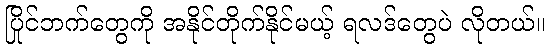
ပြိုင်ဘက်တွေကို အနိုင်တိုက်နိုင်မယ့် ရလဒ်တွေပဲ လိုတယ်။